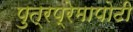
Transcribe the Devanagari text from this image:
पुत्रप्रेमापोटी